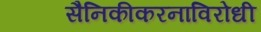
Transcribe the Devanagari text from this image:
सैनिकीकरनाविरोधी